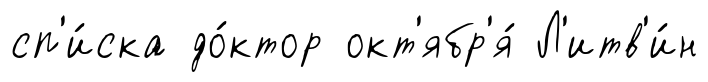
сп'и́ска до́ктор окт'ябр'я́ Л'итв'и́н